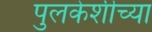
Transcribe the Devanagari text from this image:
पुलकेशीच्या